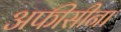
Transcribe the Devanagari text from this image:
अफीसीना